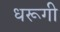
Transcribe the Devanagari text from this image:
धरूगी